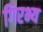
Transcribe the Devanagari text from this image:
गिरभ्य